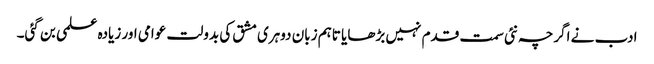
ادب نے اگرچہ نئی سمت قدم نہیں بڑھایا تاہم زبان دوہری مشق کی بدولت عوامی اور زیادہ علمی بن گئی۔